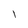
Character: 1